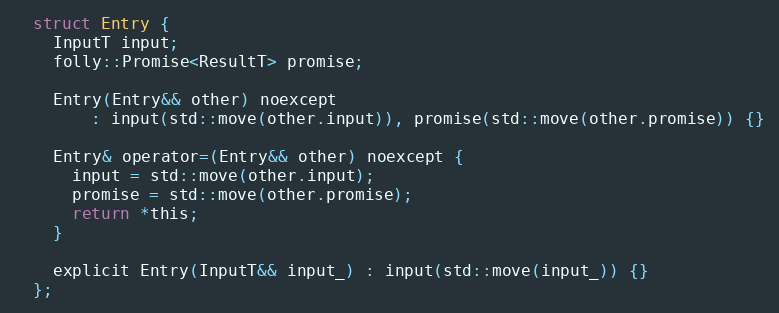
Language: C
  struct Entry {
    InputT input;
    folly::Promise<ResultT> promise;

    Entry(Entry&& other) noexcept
        : input(std::move(other.input)), promise(std::move(other.promise)) {}

    Entry& operator=(Entry&& other) noexcept {
      input = std::move(other.input);
      promise = std::move(other.promise);
      return *this;
    }

    explicit Entry(InputT&& input_) : input(std::move(input_)) {}
  };